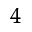
^ { 4 }